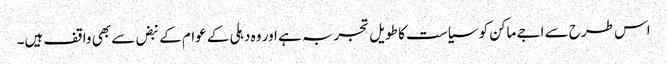
اس طرح سے اجے ماکن کو سیاست کا طویل تجربہ ہے اور وہ دہلی کے عوام کے نبض سے بھی واقف ہیں۔